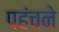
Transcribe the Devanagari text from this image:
पहंचने